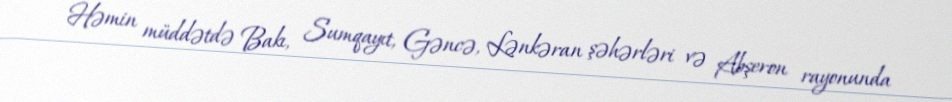
Həmin müddətdə Bakı, Sumqayıt, Gəncə, Lənkəran şəhərləri və Abşeron rayonunda